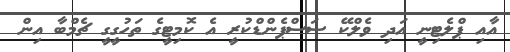
އާއި ޕްލެޓިނީ އަދި ވެލްކޭ ސަސްޕެންޑްކުރީ އެ ކޮމިޓީގެ ތަހުގީގީ ޗެމްބާ އިން